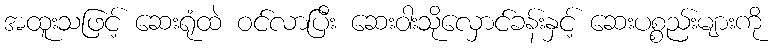
အထူးသဖြင့် ဆေးရုံထဲ ဝင်လာပြီး ဆေးဝါးသိုလှောင်ခန်းနှင့် ဆေးပစ္စည်းများကို